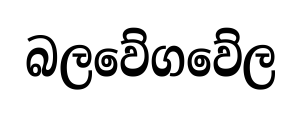
බලවේගවේල